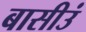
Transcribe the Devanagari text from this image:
बासीउं